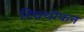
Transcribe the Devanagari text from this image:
रिचथोफन